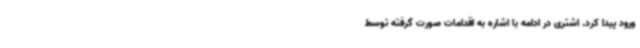
ورود پیدا کرد. اشتری در ادامه با اشاره به اقدامات صورت گرفته توسط